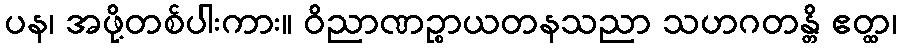
ပန၊ အဖို့တစ်ပါးကား။ ဝိညာဏဉ္စာယတနသညာ သဟဂတန္တိ ဧတ္ထ၊